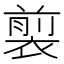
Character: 𧛯